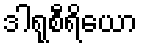
ဒါရုစီရိယော